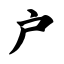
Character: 户